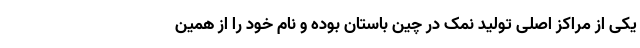
یکی از مراکز اصلی تولید نمک در چین باستان بوده و نام خود را از همین